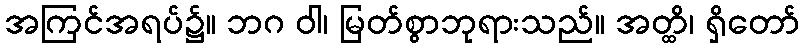
အကြင်အရပ်၌။ ဘဂ ဝါ၊ မြတ်စွာဘုရားသည်။ အတ္ထိ၊ ရှိတော်